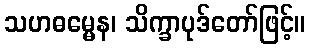
သဟဓမ္မေန၊ သိက္ခာပုဒ်တော်ဖြင့်။